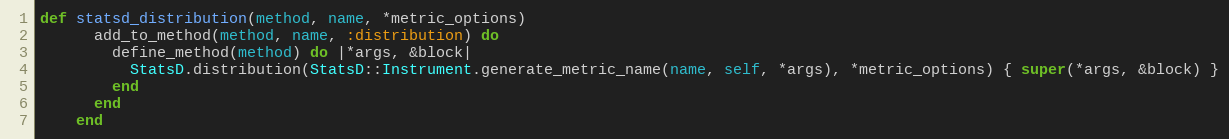
Language: Ruby
def statsd_distribution(method, name, *metric_options)
      add_to_method(method, name, :distribution) do
        define_method(method) do |*args, &block|
          StatsD.distribution(StatsD::Instrument.generate_metric_name(name, self, *args), *metric_options) { super(*args, &block) }
        end
      end
    end